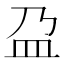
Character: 盁